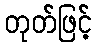
တုတ်ဖြင့်